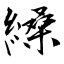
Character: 縔